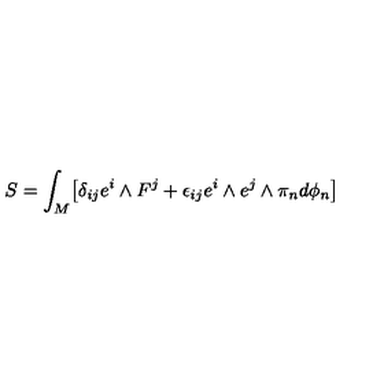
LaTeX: S = \int _ { M } \bigl [ \delta _ { i j } e ^ { i } \wedge F ^ { j } + \epsilon _ { i j } e ^ { i } \wedge e ^ { j } \wedge \pi _ { n } d \phi _ { n } \bigr ]